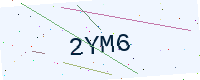
Text: 2YM6